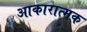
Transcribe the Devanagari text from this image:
आकारात्मक